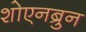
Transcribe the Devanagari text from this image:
शोएनब्रुन